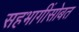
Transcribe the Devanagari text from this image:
सहभागींसोबत